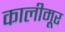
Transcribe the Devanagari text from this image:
कालीमूर